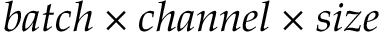
b a t c h \times c h a n n e l \times s i z e